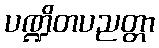
ပဏ္ဍိတပညတ္တာ